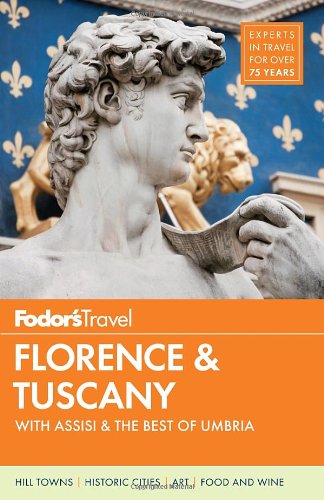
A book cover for Fodor's Florence & Tuscany: with Assisi & the Best of Umbria (Full-color Travel Guide); Fodor's; Travel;